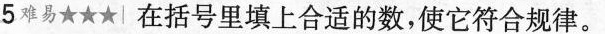
5难易★★★|在括号里填上合适的数，使它符合规律。